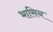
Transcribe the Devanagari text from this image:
भासिन